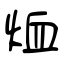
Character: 烅